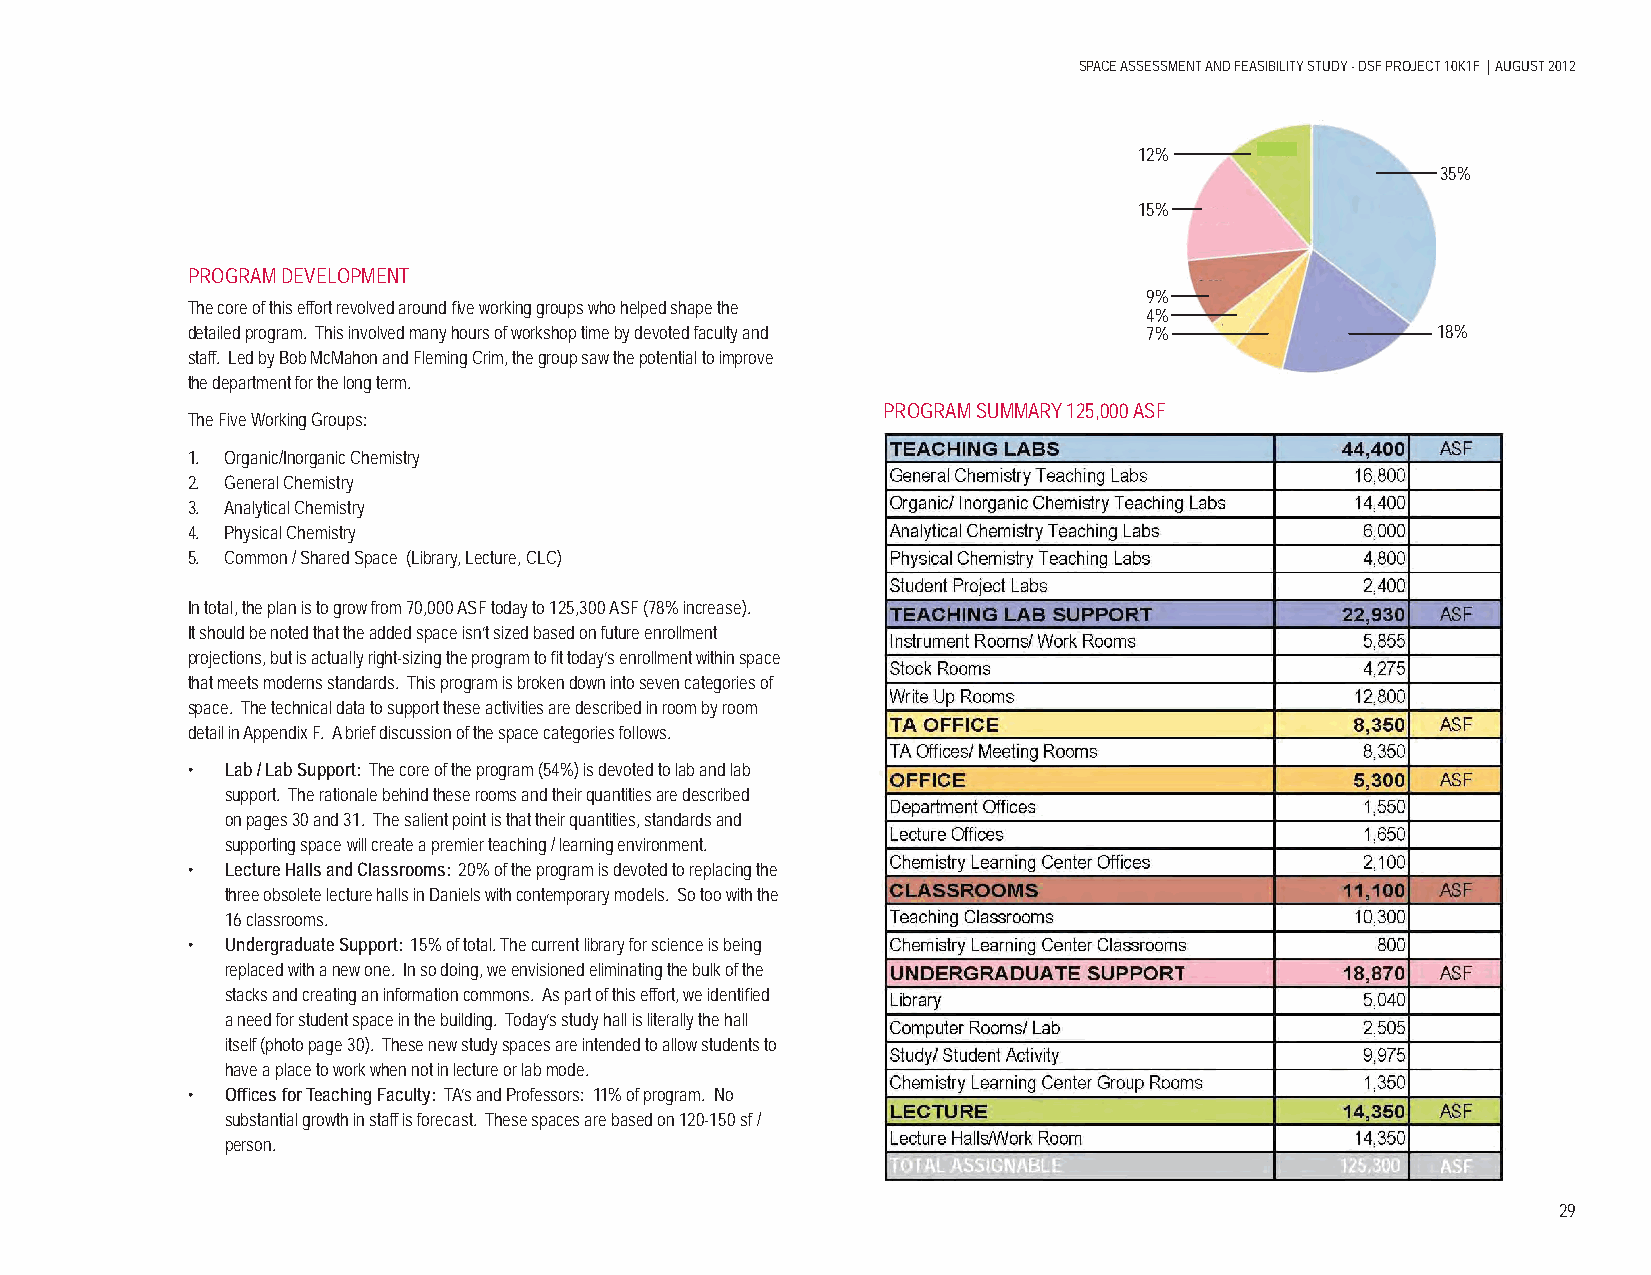
SPACE ASSESSMENT AND FEASIBILITY STUDY - DSF PROJECT 10K1F | AUGUST 2012
 12%
 35%
 15%
 PROGRAM DEVELOPMENT
 9%
 The core of this effort revolved around fi ve working groups who helped shape the
 4%
 detailed program. This involved many hours of workshop time by devoted faculty and 7% 18%
 staff. Led by Bob McMahon and Fleming Crim, the group saw the potential to improve
 the department for the long term.
 PROGRAM SUMMARY 125,000 ASF
 The Five Working Groups:
 1. Organic/Inorganic Chemistry
 2. General Chemistry
 3. Analytical Chemistry
 4. Physical Chemistry
 5. Common / Shared Space (Library, Lecture, CLC)
 In total, the plan is to grow from 70,000 ASF today to 125,300 ASF (78% increase).
 It should be noted that the added space isn’t sized based on future enrollment
 projections, but is actually right-sizing the program to fi t today’s enrollment within space
 that meets moderns standards. This program is broken down into seven categories of
 space. The technical data to support these activities are described in room by room
 detail in Appendix F. A brief discussion of the space categories follows.
 •  Lab / Lab Support: The core of the program (54%) is devoted to lab and lab
 support. The rationale behind these rooms and their quantities are described
 on pages 30 and 31. The salient point is that their quantities, standards and
 supporting space will create a premier teaching / learning environment.
 •  Lecture Halls and Classrooms: 20% of the program is devoted to replacing the
 three obsolete lecture halls in Daniels with contemporary models. So too with the
 16 classrooms.
 •  Undergraduate Support: 15% of total. The current library for science is being
 replaced with a new one. In so doing, we envisioned eliminating the bulk of the
 stacks and creating an information commons. As part of this effort, we identifi ed
 a need for student space in the building. Today’s study hall is literally the hall
 itself (photo page 30). These new study spaces are intended to allow students to
 have a place to work when not in lecture or lab mode.
 •  Offi ces for Teaching Faculty: TA’s and Professors: 11% of program. No
 substantial growth in staff is forecast. These spaces are based on 120-150 sf /
 person.
 29